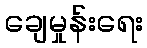
ချေမှုန်းရေး